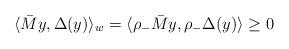
LaTeX: \begin{align*}\langle \bar{M} y, \Delta(y) \rangle_w = \langle \rho_- \bar{M} y, \rho_- \Delta(y) \rangle \geq 0\end{align*}